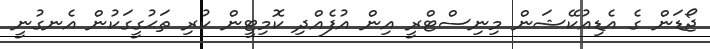
ޖޯޑަން ގެ އެޑިއުކޭޝަން މިނިސްޓްރީ އިން އުފެއްދި ކޮމިޓީން ކުރި ތަޙުގީގަކުން އެނގުނީ